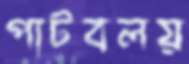
পাটবলয়